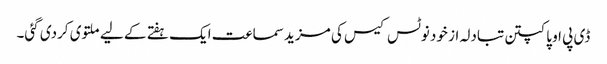
ڈی پی او پاکپتن تبادلہ از خود نوٹس کیس کی مزید سماعت ایک ہفتے کے لیے ملتوی کردی گئی۔